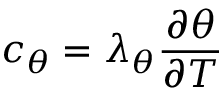
c _ { \theta } = \lambda _ { \theta } \frac { \partial \theta } { \partial T }